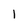
Character: 1